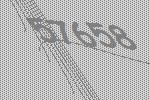
57658